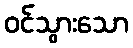
ဝင်သွားသော